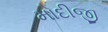
મોદીજી